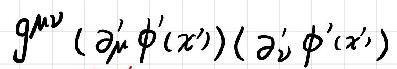
\[ g^{\mu\nu}\left(\partial_{\mu}'\phi'\left(x'\right)\right)\left(\partial_{\nu}'\phi'\left(x'\right)\right) \]